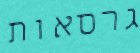
גרסאות